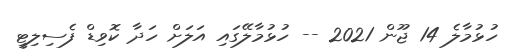
ހުޅުމާލެ 14 ޖޫން 2021 -- ހުޅުމާލޭގައި އަލަށް ހަދާ ކޮވިޑް ފެސިލިޓީ